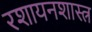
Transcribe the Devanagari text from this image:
रशायनशास्त्र